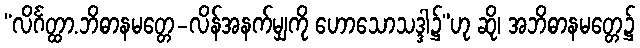
“လိင်္ဂတ္ထာ.ဘိဓာနမတ္တေ-လိန်အနက်မျှကို ဟောသောသဒ္ဒါ၌”ဟု ဆို၊ အဘိဓာနမတ္တေ၌